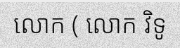
លោក ( លោក វិទូ